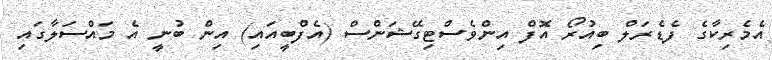
އެމެރިކާގެ ފެޑެރަލް ބިއުރޯ އޮފް އިންވެސްޓިގޭޝަންސް (އެފްބީއައި) އިން ބުނީ އެ މައްސަލާގައި